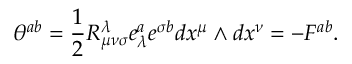
\theta ^ { a b } = \frac 1 2 R _ { \mu \nu \sigma } ^ { \lambda } e _ { \lambda } ^ { a } e ^ { \sigma b } d x ^ { \mu } \wedge d x ^ { \nu } = - F ^ { a b } .